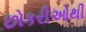
છોકરીઓથી